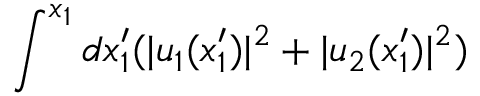
\int ^ { x _ { 1 } } d x _ { 1 } ^ { \prime } ( | u _ { 1 } ( x _ { 1 } ^ { \prime } ) | ^ { 2 } + | u _ { 2 } ( x _ { 1 } ^ { \prime } ) | ^ { 2 } )